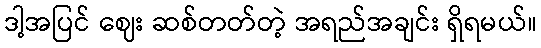
ဒါ့အပြင် ဈေး ဆစ်တတ်တဲ့ အရည်အချင်း ရှိရမယ်။